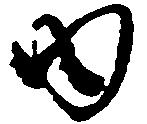
内